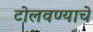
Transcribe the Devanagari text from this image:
टोलवण्याचे